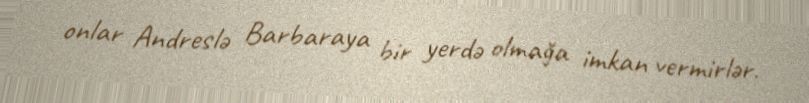
onlar Andreslə Barbaraya bir yerdə olmağa imkan vermirlər.